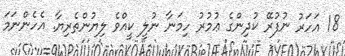
18 އަހަރު ނުފުރޭ ކުދިންގެ ޢުމުރު ހިމަނާ ނުލީ ކީއްވެ ލިޔުންތެރިޔާ. އެހެންނަމަ